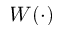
W ( \cdot )